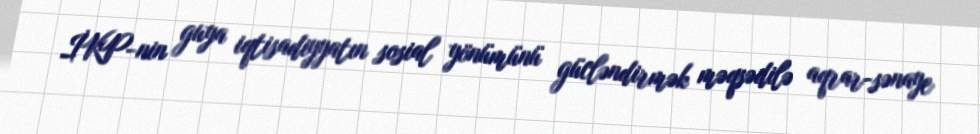
İKP-nin guya iqtisadiyyatın sosial yönümünü gücləndirmək məqsədilə aqrar-sənaye